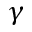
\gamma